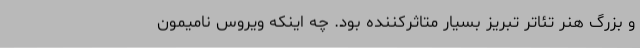
و بزرگ هنر تئاتر تبریز بسیار متاثرکننده بود. چه اینکه ویروس نامیمون